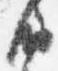
納